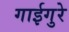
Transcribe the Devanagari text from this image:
गाईगुरे